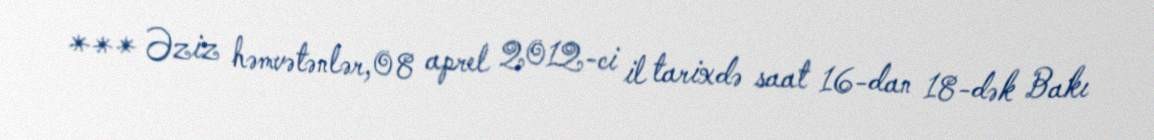
*** Əziz həmvətənlər,08 aprel 2012-ci il tarixdə saat 16-dan 18-dək Bakı